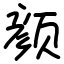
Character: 颜